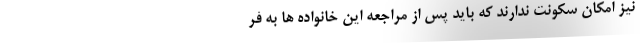
نیز امکان سکونت ندارند که باید پس از مراجعه این خانواده‌ ها به فر